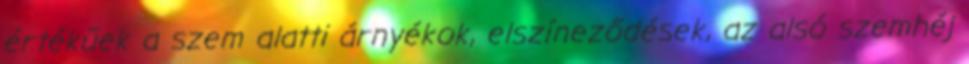
értékűek a szem alatti árnyékok, elszíneződések, az alsó szemhéj